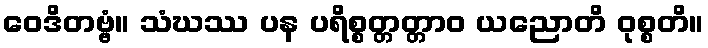
ဝေဒိတဗ္ဗံ။ သံဃဿ ပန ပရိစ္စတ္တတ္တာဝ ယညောတိ ဝုစ္စတိ။